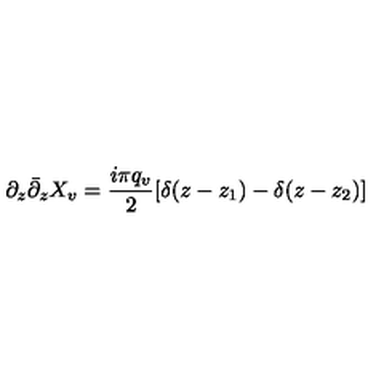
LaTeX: \partial _ { z } { \bar { \partial } } _ { z } X _ { v } = { \frac { i \pi q _ { v } } { 2 } } [ \delta ( z - z _ { 1 } ) - \delta ( z - z _ { 2 } ) ]